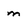
Character: m